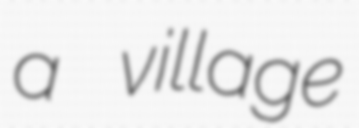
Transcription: a village